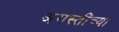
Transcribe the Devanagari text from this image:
अगस्तींच्या